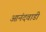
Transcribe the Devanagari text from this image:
आनंदवाडी